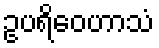
ဥပရိဝေဟာသံ